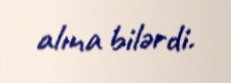
alına bilərdi.